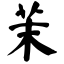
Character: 茉